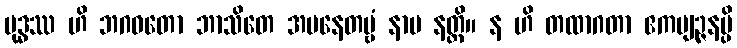
ဗုဒ္ဓဿ ဟိ ဘဂဝတော ဘာသိတေ အပနေတဗ္ဗံ နာမ နတ္ထိ။ န ဟိ တထာဂတာ ဧကဗျဉ္ဇနမ္ပိ